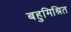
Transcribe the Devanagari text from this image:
बहुमिश्रित